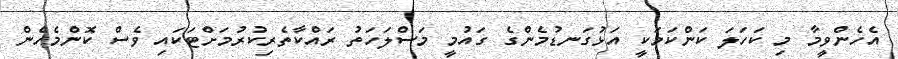
އެހެންވީމާ މި ކަހަލަ ކަންކަމަކީ އަޅުގަނޑުމެންގެ ގައުމީ މަސްލަހަތު ރައްކާތެރިކުރުމަށްޓަކައި ވެސް ކޮންމެހެން